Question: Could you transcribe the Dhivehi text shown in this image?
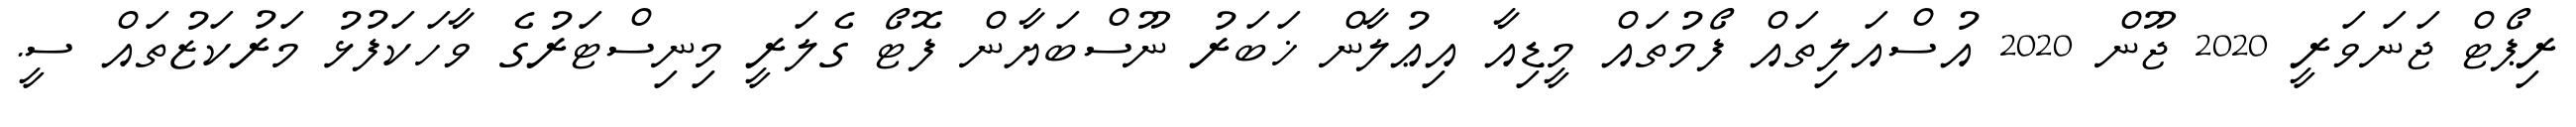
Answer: ރިޕޯޓް ޖަނަވަރީ 2020 ޖޫން 2020 އުސްއަލިތައް ފޯމުތައް މީޑިއާ އިޢުލާން ޚަބަރު ނޫސްބަޔާން ފޮޓޯ ގެލަރީ މިނިސްޓަރުގެ ވާހަކަފުޅު މަރުކަޒުތައް ސީ.